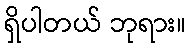
ရှိပါတယ် ဘုရား။